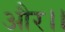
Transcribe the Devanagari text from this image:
और।।